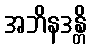
အဘိနဒန္တိ